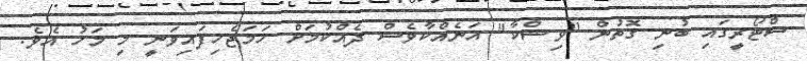
ސްޓޯރީގައި ބުނި ގޮތުން "ވިޝްކާ" އަނެއްކާވެސް ދެއްކުމަށް ހަމަޖެހިފައިވަނީ މި މަހު އެވެ.